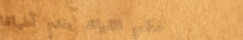
مطعم الفوائد يقدم أطباقاً